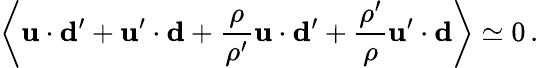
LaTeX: \left\langle{\mathbf u}\cdot{\mathbf d^{\prime}}+{\mathbf u}^{\prime}\cdot{\mathbf d}+{\frac{\rho}{\rho^{\prime}}}{\mathbf u}\cdot{\mathbf d^{\prime}}+{\frac{\rho^{\prime}}{\rho}}{\mathbf u}^{\prime}\cdot{\mathbf d}\right\rangle\simeq 0\, .